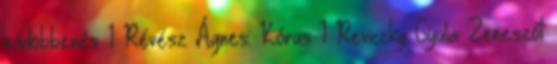
rádöbbenés 1 Révész Ágnes: Kórus 1 Reviczky Gyula Zeneszót